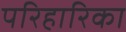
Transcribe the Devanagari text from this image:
परिहारिका